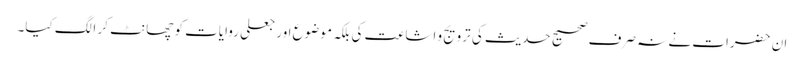
ان حضرات نے نہ صرف صحیح حدیث کی ترویج و اشاعت کی بلکہ موضوع اور جعلی روایات کو چھانٹ کر الگ کیا۔